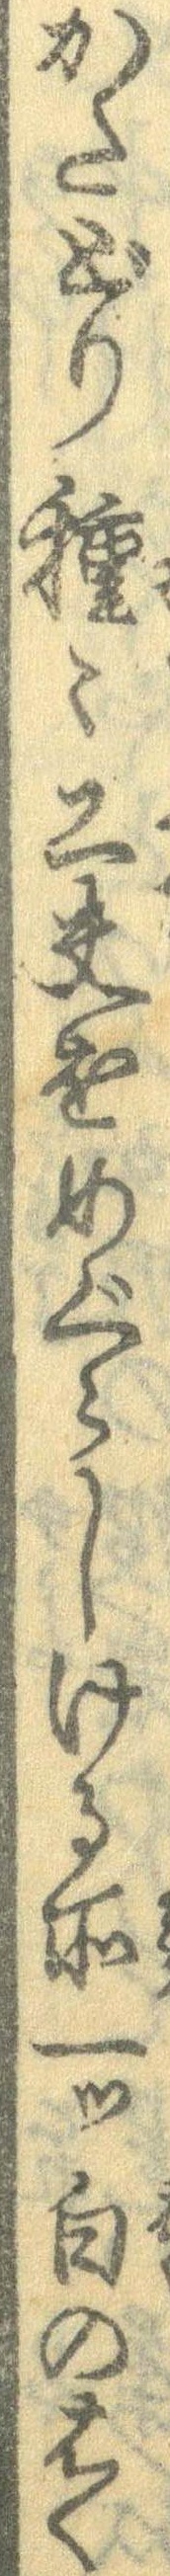
かたどり種々工夫をめぐらしける所一つ白のはく